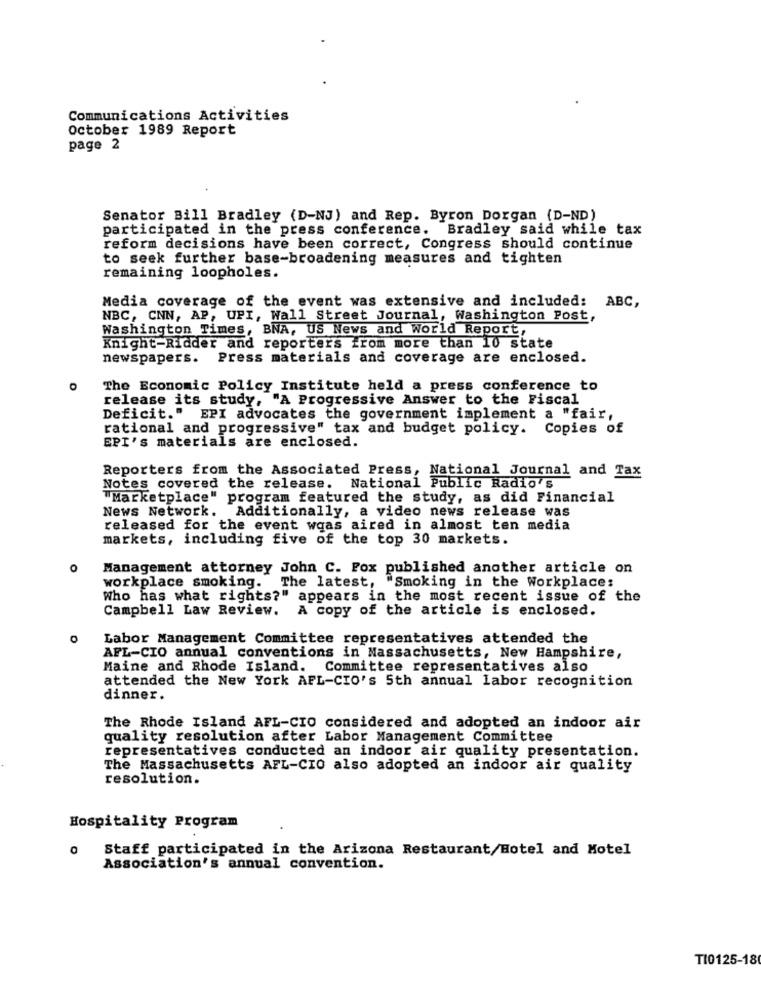
Communications Activities
October 1989 Report
page 2
Senator Bill Bradley (D-NJ) and Rep. Byron Dorgan (D-ND)
participated in the press conference. Bradley said while tax
reform decisions have been correct, Congress should continue
to seek further base-broadening measures and tighten
remaining loopholes.
Media coverage of the event was extensive and included: ABC,
NBC, CNN, AP, UPI, Wall Street Journal, Washington Post,
Washington Times, BNA, US News and World Report,
Knight-Ridder and reporters from more than 10 state
newspapers.
Press materials and coverage are enclosed.
The Economic Policy Institute held a press conference to
release its study, "A Progressive Answer to the Fiscal
Deficit."
EPI advocates the government implement a "fair,
rational and progressive" tax and budget policy. Copies of
EPI's materials are enclosed.
Reporters from the Associated Press, National Journal and Tax
Notes covered the release. National Public Radio's
"Marketplace" program featured the study, as did Financial
News Network. Additionally, a video news release was
released for the event waas aired in almost ten media
markets, including five of the top 30 markets.
O
Management attorney John C. Fox published another article on
workplace smoking. The latest, "Smoking in the Workplace:
Who has what rights?" appears in the most recent issue of the
Campbell Law Review.
A copy of the article is enclosed.
Labor Management Committee representatives attended the
AFL-CIO annual conventions in Massachusetts, New Hampshire,
Maine and Rhode Island. Committee representatives also
attended the New York AFL-CIO's 5th annual labor recognition
dinner.
The Rhode Island AFL-CIO considered and adopted an indoor air
quality resolution after Labor Management Committee
representatives conducted an indoor air quality presentation.
The Massachusetts AFL-CIO also adopted an indoor air quality
resolution.
Hospitality Program
O
Staff participated in the Arizona Restaurant/Hotel and Motel
Association's annual convention.
TI0125-18